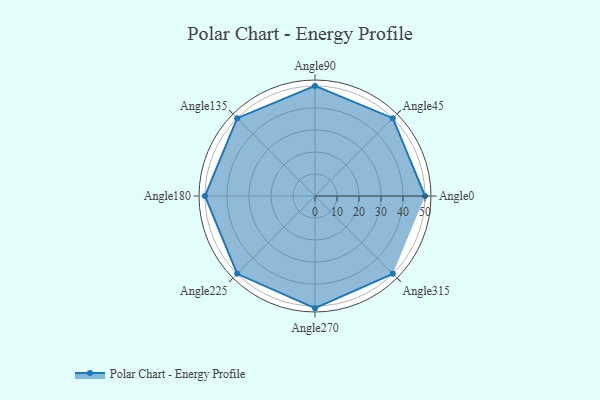
{"axis": {"x": "Angle", "y": "Radius"}, "legend": [""], "data": [{"x": "Angle0", "y": 50, "type": ""}, {"x": "Angle45", "y": 50, "type": ""}, {"x": "Angle90", "y": 50, "type": ""}, {"x": "Angle135", "y": 50, "type": ""}, {"x": "Angle180", "y": 50.0, "type": ""}, {"x": "Angle225", "y": 50, "type": ""}, {"x": "Angle270", "y": 51.0, "type": ""}, {"x": "Angle315", "y": 50, "type": ""}]}